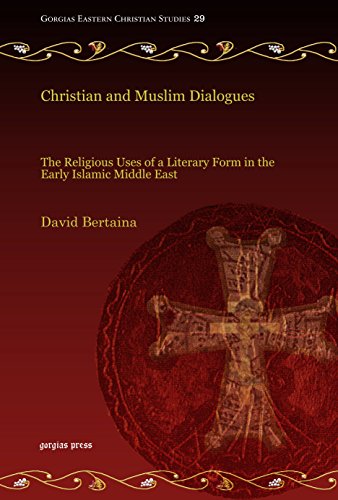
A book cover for Christian and Muslim Dialogues: The Religious Uses of a Literary Form in the Early Islamic Middle East (Gorgias Eastern Christian Studies); David Bertaina; Religion & Spirituality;